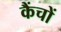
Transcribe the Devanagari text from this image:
कैंचों